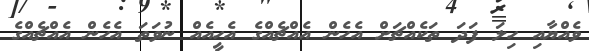
ވެއްޔާއި ހިލަ ފަދަ ތަކެއްޗަށް އެހެން އެއްޗެއްގެ އެހީއެއް ނުވަތަ އެހެން އެއްޗެއްގެ